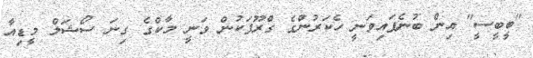
"ބީބީސީ" އިން ބުނެފައިވަނީ ހެކަރުންގެ ގްރޫޕަކުން ވަނީ މާކްގެ ގިނަ ސޯޝަލް މީޑިއާ